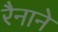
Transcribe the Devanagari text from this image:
रैनाने